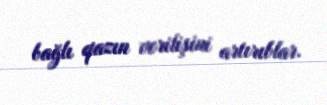
bağlı qazın verilişini artırıblar.